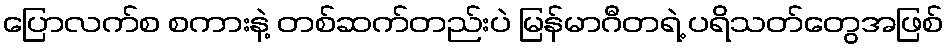
ပြောလက်စ စကားနဲ့ တစ်ဆက်တည်းပဲ မြန်မာဂီတရဲ့ ပရိသတ်တွေအဖြစ်